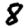
Digit: 8